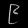
Digit: ၉